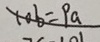
1 0 b = P a